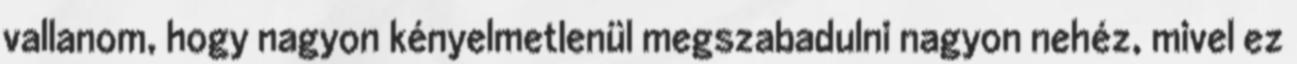
vallanom, hogy nagyon kényelmetlenül megszabadulni nagyon nehéz, mivel ez